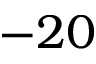
- 2 0